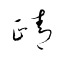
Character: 靕